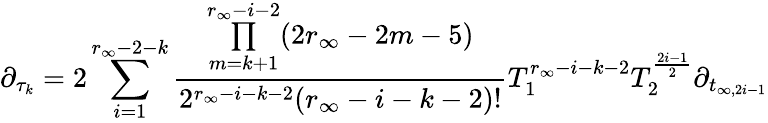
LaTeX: \partial_{\tau_{k}}=2\sum_{i=1}^{r_{\infty}-2-k}\frac{\underset{m=k+1}{\overset{r_{\infty}-i-2}{\prod}}(2r_{\infty}-2m-5)}{2^{r_{\infty}-i-k-2}(r_{\infty}-i-k-2)!}T_{1}^{r_{\infty}-i-k-2}T_{2}^{\frac{2i-1}{2}}\partial_{t_{\infty,2i-1}}